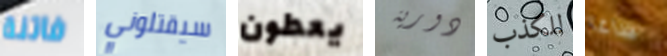
فاتنة سيقتلوني يعطون دورية للكذب ساغا